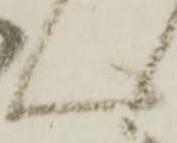
ん